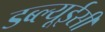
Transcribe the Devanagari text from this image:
डब्ल्यूईसी